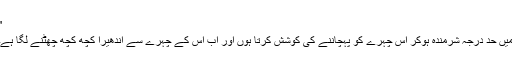
"
میں حد درجہ شرمندہ ہوکر اس چہرے کو پہچاننے کی کوشش کرتا ہوں اور اب اس کے چہرے سے اندھیرا کچھ کچھ چھٹنے لگا ہے۔